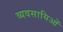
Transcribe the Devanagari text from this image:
व्यवसायिओं